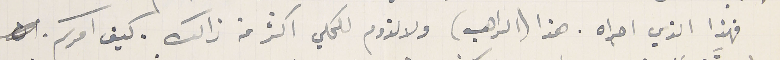
فهذا الذي اجراه. هذا (الراهب) ولا لزوم للحكي اكثر من ذالك. كيف امركم.